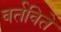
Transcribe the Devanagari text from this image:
वर्तविते